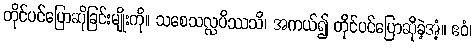
တိုင်ပင်ပြောဆိုခြင်းမျိုးကို။ သစေသလ္လပိဿသိ၊ အကယ်၍ တိုင်ပင်ပြောဆိုခဲ့အံ့။ ဧဝံ၊